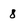
Character: 8